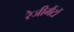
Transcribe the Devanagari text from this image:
रेजीमैंटों